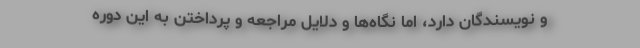
و نویسندگان دارد، اما نگاه‌ها و دلایل مراجعه و پرداختن به این دوره